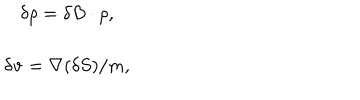
\begin{array} { c } { { \delta \rho = \delta B \cdot \rho , } } \\ { { \delta { \bf v } = { \bf \nabla } ( \delta S ) / m , } } \\ \end{array}